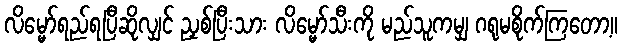
လိမ္မော်ရည်ရပြီဆိုလျှင် ညှစ်ပြီးသား လိမ္မော်သီးကို မည်သူကမျှ ဂရုမစိုက်ကြတော့။